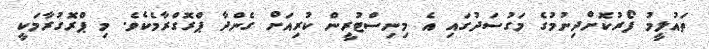
ތައުލީމު ފޯރުކޮށްދިނުމުގެ މަގުސަދުގައި އެ މިނިސްޓުރީން ކުރިއަށް ގެންދާ ޕްރޮގްރާމެކެވެ. މި ޕްރޮގުރާމަކީ